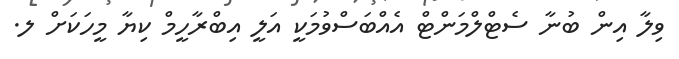
ވިލާ އިން ބުނާ ސެޓްލްމަންޓް އެއްބަސްވުމަކީ އަލީ އިބްރާހީމް ކިޔާ މީހަކަށް ލ.